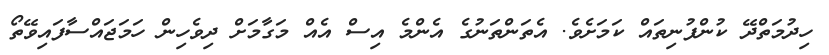
ހިދުމަތްދޭ ކުންފުނިތައް ކަމަށެވެ. އެތަންތަނުގެ އެންމެ އިސް އެއް މަގާމަށް ދިވެހިން ހަމަޖައްސާފައިވޭތޯ